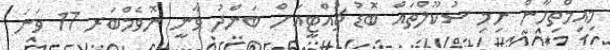
މިއިމްތިހާން ނިމި ސުކޫލްތައް ބޮޑު ޗުއްޓީއަށް ބަންދު ވާނީ ނޮވެމްބަރ 17 ވަނަ